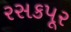
રસકપૂર